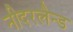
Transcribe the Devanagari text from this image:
नीदरलैन्ड